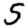
Digit: 5